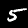
Digit: 5